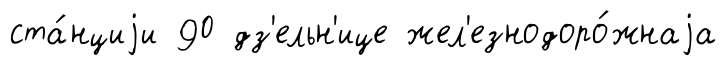
ста́нциjи 90 дз'ельн'ице жел'езнодоро́жнаjа